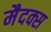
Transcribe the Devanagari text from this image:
मैदक्स